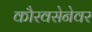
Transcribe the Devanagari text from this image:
कौरवसेनेवर